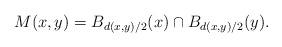
LaTeX: \begin{align*}M(x, y) = B_{d(x, y)/2}(x)\cap B_{d(x, y)/2}(y).\end{align*}